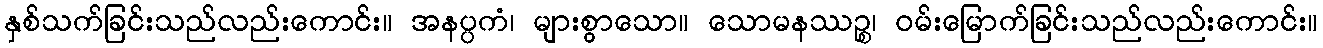
နှစ်သက်ခြင်းသည်လည်းကောင်း။ အနပ္ပကံ၊ များစွာသော။ သောမနဿဉ္စ၊ ဝမ်းမြောက်ခြင်းသည်လည်းကောင်း။